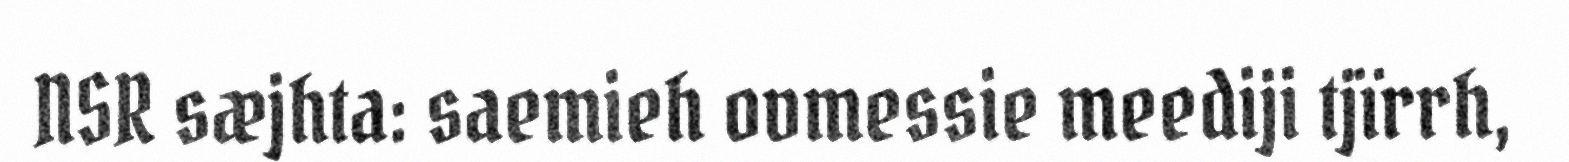
NSR sæjhta: saemieh ovmessie meediji tjïrrh,